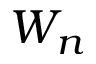
W _ { n }